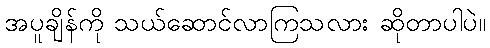
အပူချိန်ကို သယ်ဆောင်လာကြသလား ဆိုတာပါပဲ။